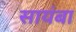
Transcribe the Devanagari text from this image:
सायंबा